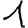
Digit: 1